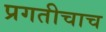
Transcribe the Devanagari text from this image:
प्रगतीचाच